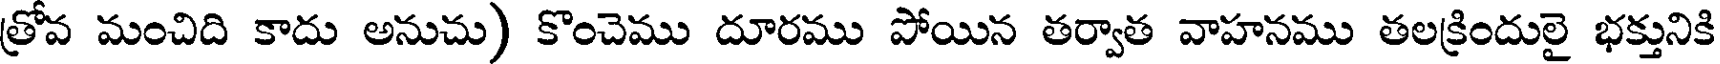
త్రోవ మంచిది కాదు అనుచు) కొంచెము దూరము పోయిన తర్వాత వాహనము తలక్రిందులై భక్తునికి